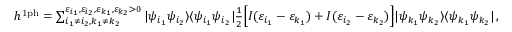
\begin{array} { r } { h ^ { \mathrm { 1 p h } } = \sum _ { i _ { 1 } \neq i _ { 2 } , k _ { 1 } \neq k _ { 2 } } ^ { \varepsilon _ { i _ { 1 } } , \varepsilon _ { i _ { 2 } } , \varepsilon _ { k _ { 1 } } , \varepsilon _ { k _ { 2 } } > 0 } | \psi _ { i _ { 1 } } \psi _ { i _ { 2 } } \rangle \langle \psi _ { i _ { 1 } } \psi _ { i _ { 2 } } | \frac { 1 } { 2 } \Big [ I ( \varepsilon _ { i _ { 1 } } - \varepsilon _ { k _ { 1 } } ) + I ( \varepsilon _ { i _ { 2 } } - \varepsilon _ { k _ { 2 } } ) \Big ] | \psi _ { k _ { 1 } } \psi _ { k _ { 2 } } \rangle \langle \psi _ { k _ { 1 } } \psi _ { k _ { 2 } } | \, , } \end{array}